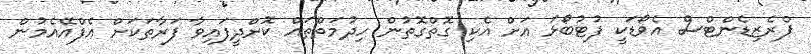
ޕްރެޒިޑެންޓްސް އެވޯޑަކީ ފުޓުބޯޅަ އަށް އެކި ގޮތްގޮތުން ހިދުމަތްތައް ކޮށްދީފައިވާ ފަރާތަކަށް އެފްއޭއެމުން